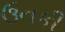
ઉનકી